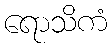
ရောသိကံ